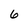
Character: 6